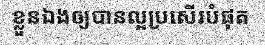
ខ្លួនឯងឲ្យបានល្អប្រសើរបំផុត